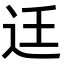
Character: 𨑳